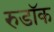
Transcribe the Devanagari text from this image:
रुडॉक